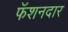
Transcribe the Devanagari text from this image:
फॅशनदार